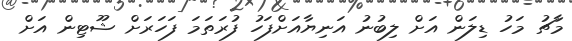
މާޗު މަހު ޑިލަން އަށް ލިބުނު އަނިޔާއަށްފަހު ފުރަތަމަ ފަހަރަށް ޝޫޓިން އަށް